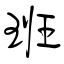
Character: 班